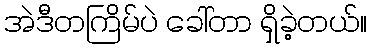
အဲဒီတကြိမ်ပဲ ခေါ်တာ ရှိခဲ့တယ်။